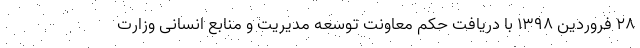
۲۸ فروردین ۱۳۹۸ با دریافت حکم معاونت توسعه مدیریت و منابع انسانی وزارت